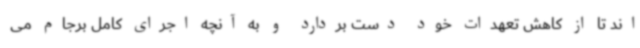
اند تا از کاهش تعهدات خود دست بردارد و به آنچه اجرای کامل برجام می